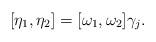
LaTeX: \begin{align*}[\eta_1,\eta_2]=[\omega_1,\omega_2]\gamma_j. \end{align*}